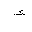
Letter: _hamza